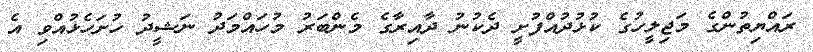
ރައްޔިތުންގެ މަޖިލީހުގެ ކުޅުދުއްފުށީ ދެކުނު ދާއިރާގެ މެންބަރު މުހައްމަދު ނަޝީދު ހުށަހެޅުއްވި އެ